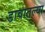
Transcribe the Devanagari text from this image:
डावातल्या